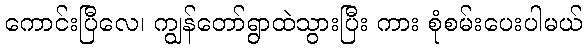
ကောင်းပြီလေ၊ ကျွန်တော်ရွာထဲသွားပြီး ကား စုံစမ်းပေးပါမယ်